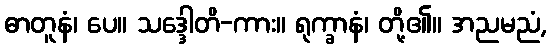
ဓာတူနံ၊ ပေ။ သဒ္ဒေါတိ-ကား။ ရုက္ခာနံ၊ တို့၏။ အညမညံ,